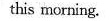
this morning.